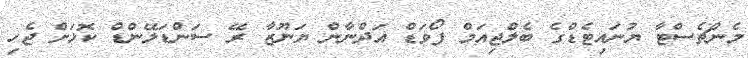
މެންޗެސްޓާ ޔުނައިޓެޑްގެ ބެލްޖިއަމް ފޯވަޑް އަދްނާން ޔަނޫޒާ ރޭ ސަންޑަލޭންޑް ކޮޅަށް ޖެހި